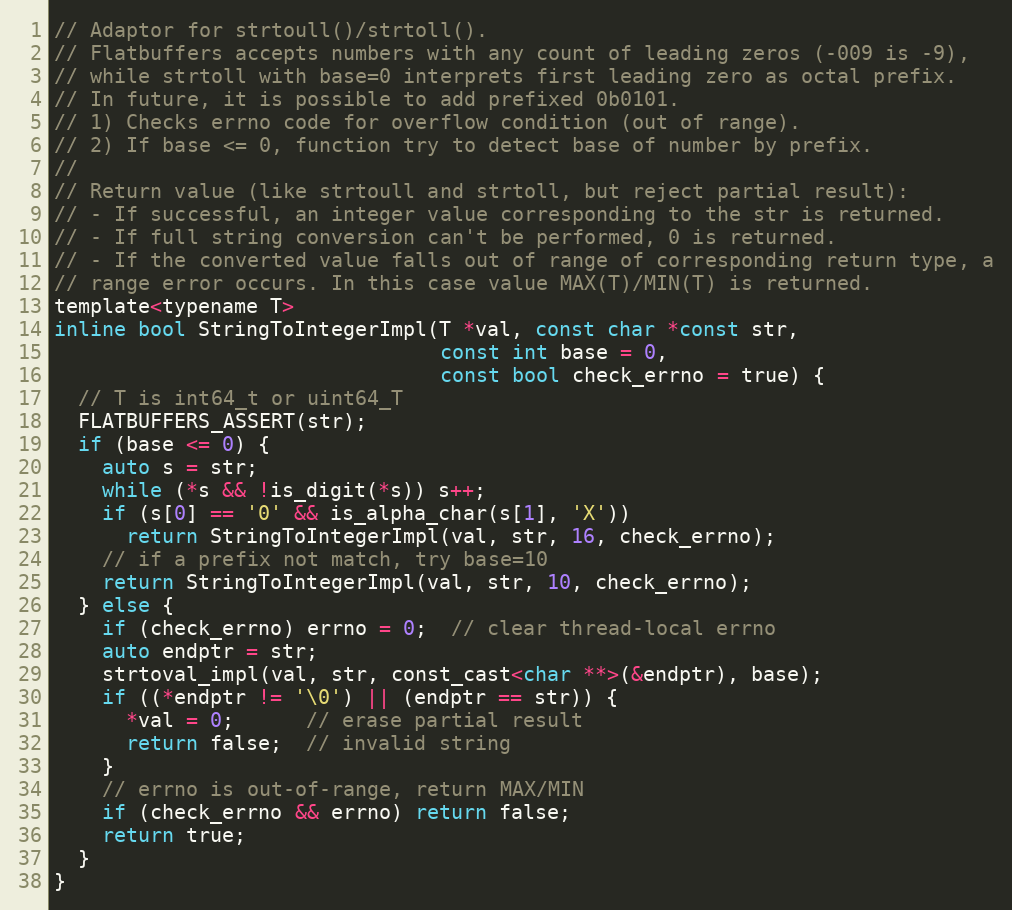
Language: C
// Adaptor for strtoull()/strtoll().
// Flatbuffers accepts numbers with any count of leading zeros (-009 is -9),
// while strtoll with base=0 interprets first leading zero as octal prefix.
// In future, it is possible to add prefixed 0b0101.
// 1) Checks errno code for overflow condition (out of range).
// 2) If base <= 0, function try to detect base of number by prefix.
//
// Return value (like strtoull and strtoll, but reject partial result):
// - If successful, an integer value corresponding to the str is returned.
// - If full string conversion can't be performed, 0 is returned.
// - If the converted value falls out of range of corresponding return type, a
// range error occurs. In this case value MAX(T)/MIN(T) is returned.
template<typename T>
inline bool StringToIntegerImpl(T *val, const char *const str,
                                const int base = 0,
                                const bool check_errno = true) {
  // T is int64_t or uint64_T
  FLATBUFFERS_ASSERT(str);
  if (base <= 0) {
    auto s = str;
    while (*s && !is_digit(*s)) s++;
    if (s[0] == '0' && is_alpha_char(s[1], 'X'))
      return StringToIntegerImpl(val, str, 16, check_errno);
    // if a prefix not match, try base=10
    return StringToIntegerImpl(val, str, 10, check_errno);
  } else {
    if (check_errno) errno = 0;  // clear thread-local errno
    auto endptr = str;
    strtoval_impl(val, str, const_cast<char **>(&endptr), base);
    if ((*endptr != '\0') || (endptr == str)) {
      *val = 0;      // erase partial result
      return false;  // invalid string
    }
    // errno is out-of-range, return MAX/MIN
    if (check_errno && errno) return false;
    return true;
  }
}